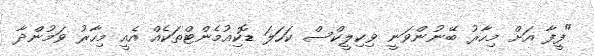
"ފީފާ އަށް މިހާރު ބޭނުންވަނީ ވިކިލީކްސް ކަހަލަ ޑޮކިއުމެންޓްތަކެއް އެއީ މިހާރު ވަމުންދާ